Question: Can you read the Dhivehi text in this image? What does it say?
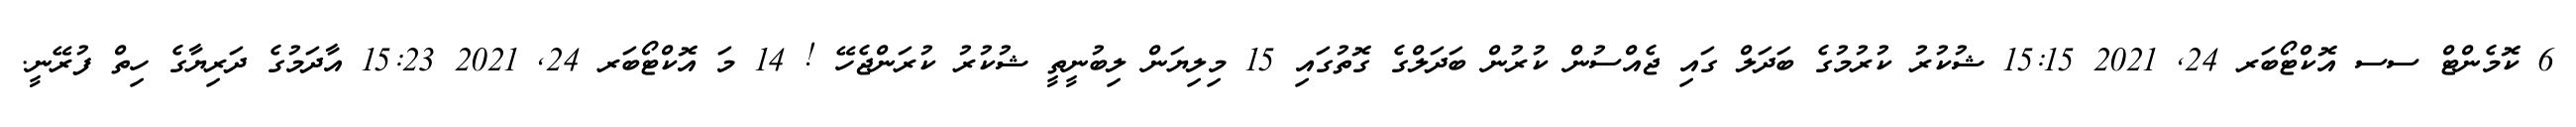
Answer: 6 ކޮމެންޓް ސސ އޮކްޓޯބަރ 24, 2021 15:15 ޝުކުރު ކުރުމުގެ ބަދަލް ގައި ޖެއްސުން ކުރުން ބަދަލްގެ ގޮތުގައި 15 މިލިޔަން ލިބުނީތީ ޝުކުރު ކުރަންޖެހޭ ! 14 މަ އޮކްޓޯބަރ 24, 2021 15:23 އާދަމުގެ ދަރިޔާގެ ހިތް ފުރޭނީ.